Problem: 5 × 6 = ?
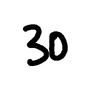
Handwritten answer: 30